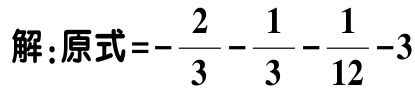
解：原式\(=-\frac{2}{3}-\frac{1}{3}-\frac{1}{12}-3\)